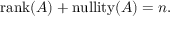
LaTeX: \operatorname { r a n k } ( A ) + \operatorname { n u l l i t y } ( A ) = n .